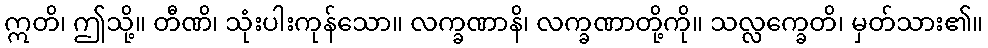
ဣတိ၊ ဤသို့။ တီဏိ၊ သုံးပါးကုန်သော။ လက္ခဏာနိ၊ လက္ခဏာတို့ကို။ သလ္လက္ခေတိ၊ မှတ်သား၏။